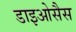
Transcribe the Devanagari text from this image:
डाइओसैस